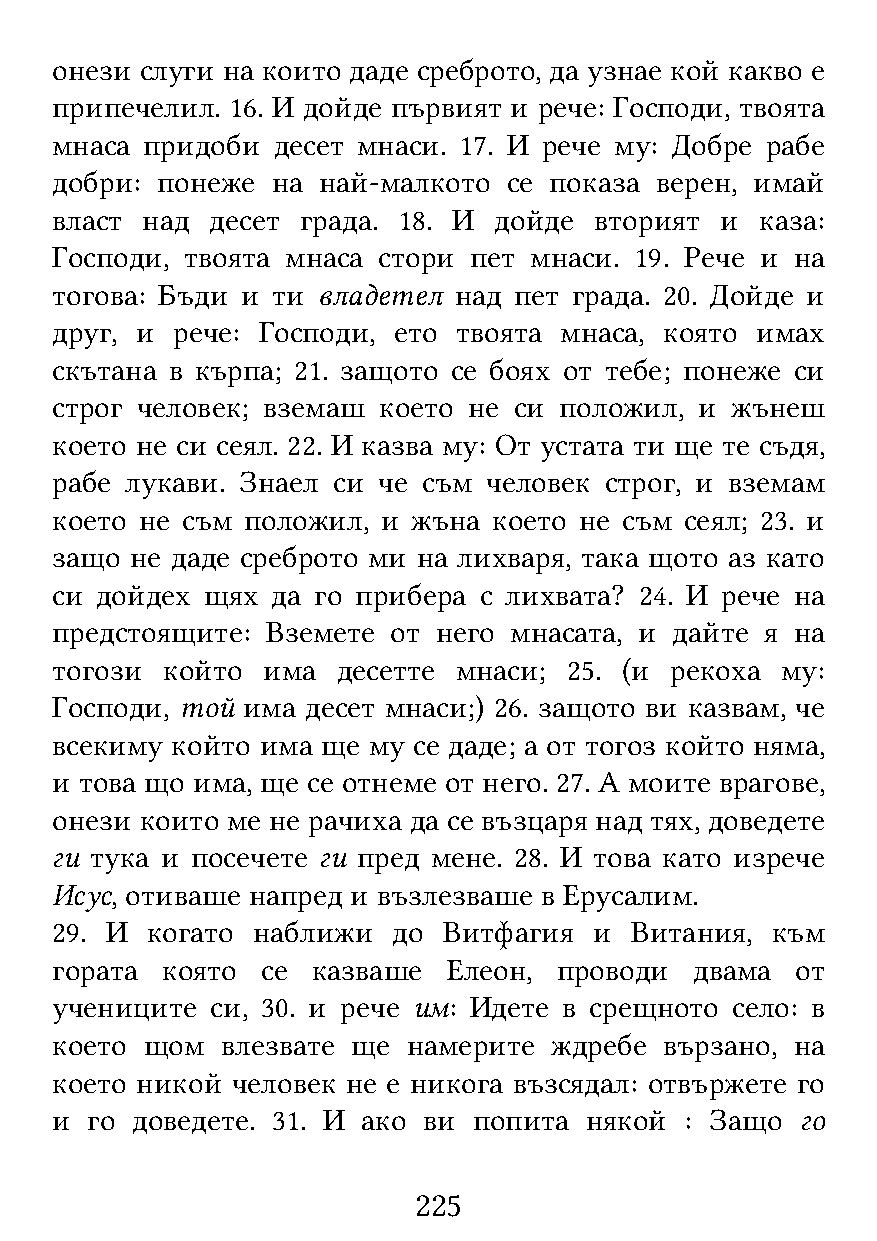
онези слуги на които даде среброто, да узнае кой какво е
 припечелил. 16. И дойде първият и рече: Господи, твоята
 мнаса придоби  десет мнаси. 17. И рече му: Добре рабе
 добри: понеже  на най-малкото  се показа верен, имай
 власт над  десет града. 18. И дойде вторият  и каза:
 Господи, твоята мнаса стори пет мнаси. 19. Рече и на
 тогова: Бъди и ти владетел над пет града. 20. Дойде и
 друг, и рече: Господи, ето твоята мнаса, която имах
 скътана в кърпа; 21. защото се боях от тебе; понеже си
 строг человек; вземаш което не си положил, и жънеш
 което не си сеял. 22. И казва му: От устата ти ще те съдя,
 рабе лукави. Знаел си че съм человек строг, и вземам
 което не съм положил, и жъна  което не съм сеял; 23. и
 защо  не даде среброто ми на лихваря, така щото аз като
 си дойдех щях  да го прибера с лихвата? 24. И рече на
 предстоящите:  Вземете от него мнасата, и дайте я на
 тогози  който има  десетте мнаси;  25. (и рекоха му:
 Господи, той има десет мнаси;) 26. защото ви казвам, че
 всекиму който има ще му се даде; а от тогоз който няма,
 и това що има, ще се отнеме от него. 27. А моите врагове,
 онези които ме не рачиха да се възцаря над тях, доведете
 ги тука и посечете ги пред мене. 28. И това като изрече
 Исус, отиваше напред и възлезваше в Ерусалим.
 29. И  когато наближи  до Витфагия  и  Витания, към
 гората  която се  казваше  Елеон, проводи  двама  от
 учениците  си, 30. и рече им: Идете в срещното село: в
 което  щом  влезвате ще намерите  ждребе вързано, на
 което никой человек не е никога възсядал: отвържете го
 и  го доведете. 31. И ако ви попита някой : Защо  го
 225